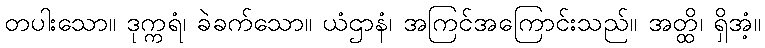
တပါးသော။ ဒုက္ကရံ၊ ခဲခက်သော။ ယံဌာနံ၊ အကြင်အကြောင်းသည်။ အတ္ထိ၊ ရှိအံ့။